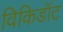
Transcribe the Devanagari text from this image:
विकिडॉट